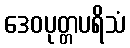
ဒေဝပုတ္တပရိသံ